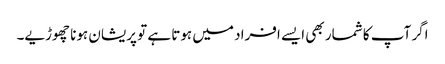
اگر آپ کا شمار بھی ایسے افراد میں ہوتا ہے تو پریشان ہونا چھوڑیے۔